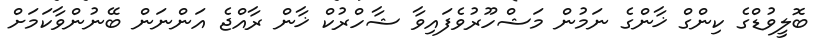
ބޮލީވުޑްގެ ކިންގް ޚާންގެ ނަމުން މަޝްހޫރުވެފައިވާ ޝާހްރުކް ޚާން ރާއްޖެ އަންނަން ބޭނުންވާކަމަށް